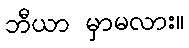
ဘီယာ မှာမလား။